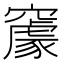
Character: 䆽